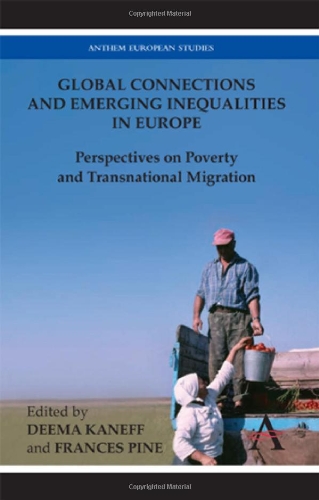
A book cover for Global Connections and Emerging Inequalities in Europe: Perspectives on Poverty and Transnational Migration (Anthem European Studies); Politics & Social Sciences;